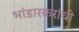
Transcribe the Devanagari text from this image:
भांडारकरांची